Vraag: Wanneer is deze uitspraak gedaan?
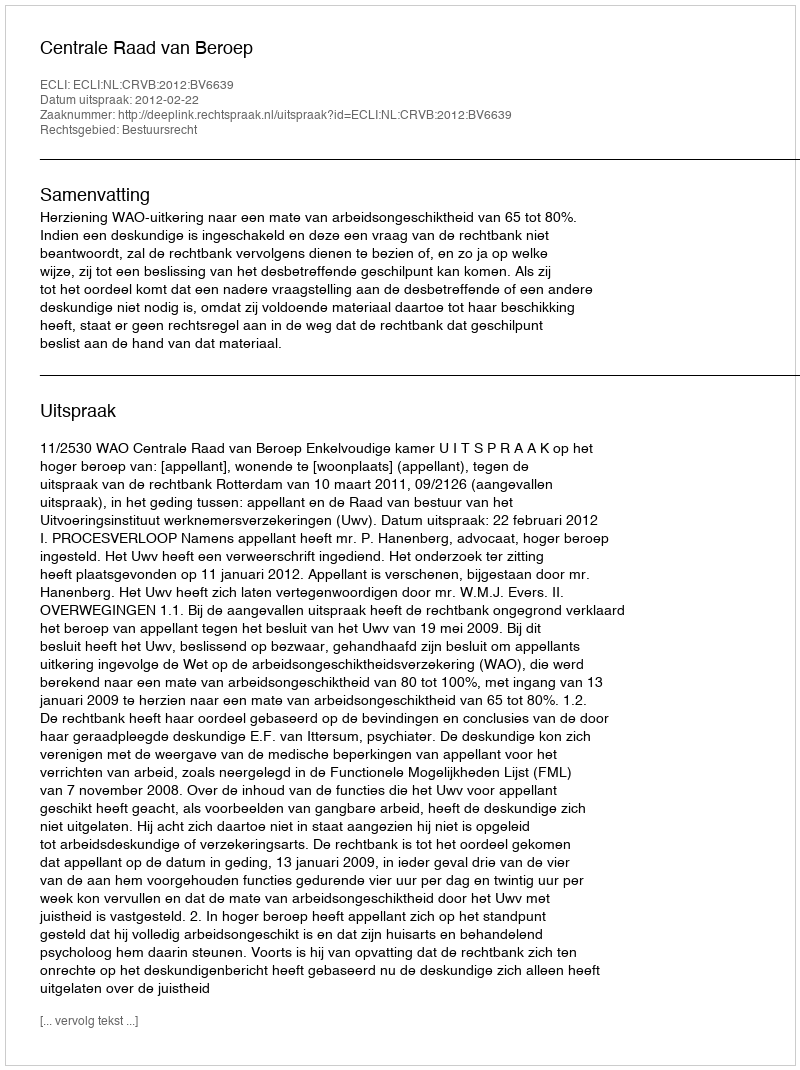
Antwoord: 2012-02-22